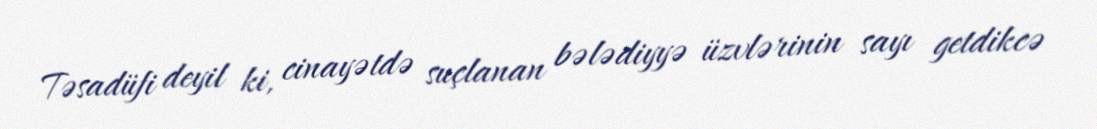
Təsadüfi deyil ki, cinayətdə suçlanan bələdiyyə üzvlərinin sayı getdikcə